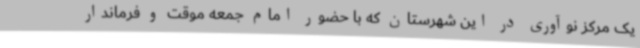
یک مرکز نوآوری در این شهرستان که با حضور امام جمعه موقت و فرماندار